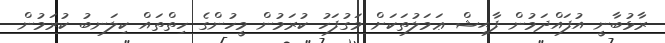
ރާޅުބާނީ އުފައްދަމުން ފާޙިޝް ޢަމަލުތަކަށް މަގުފަހު ކުރަމުން މީހުންގެ ހިތްތައް ކިލަނބު ކުރަމުން